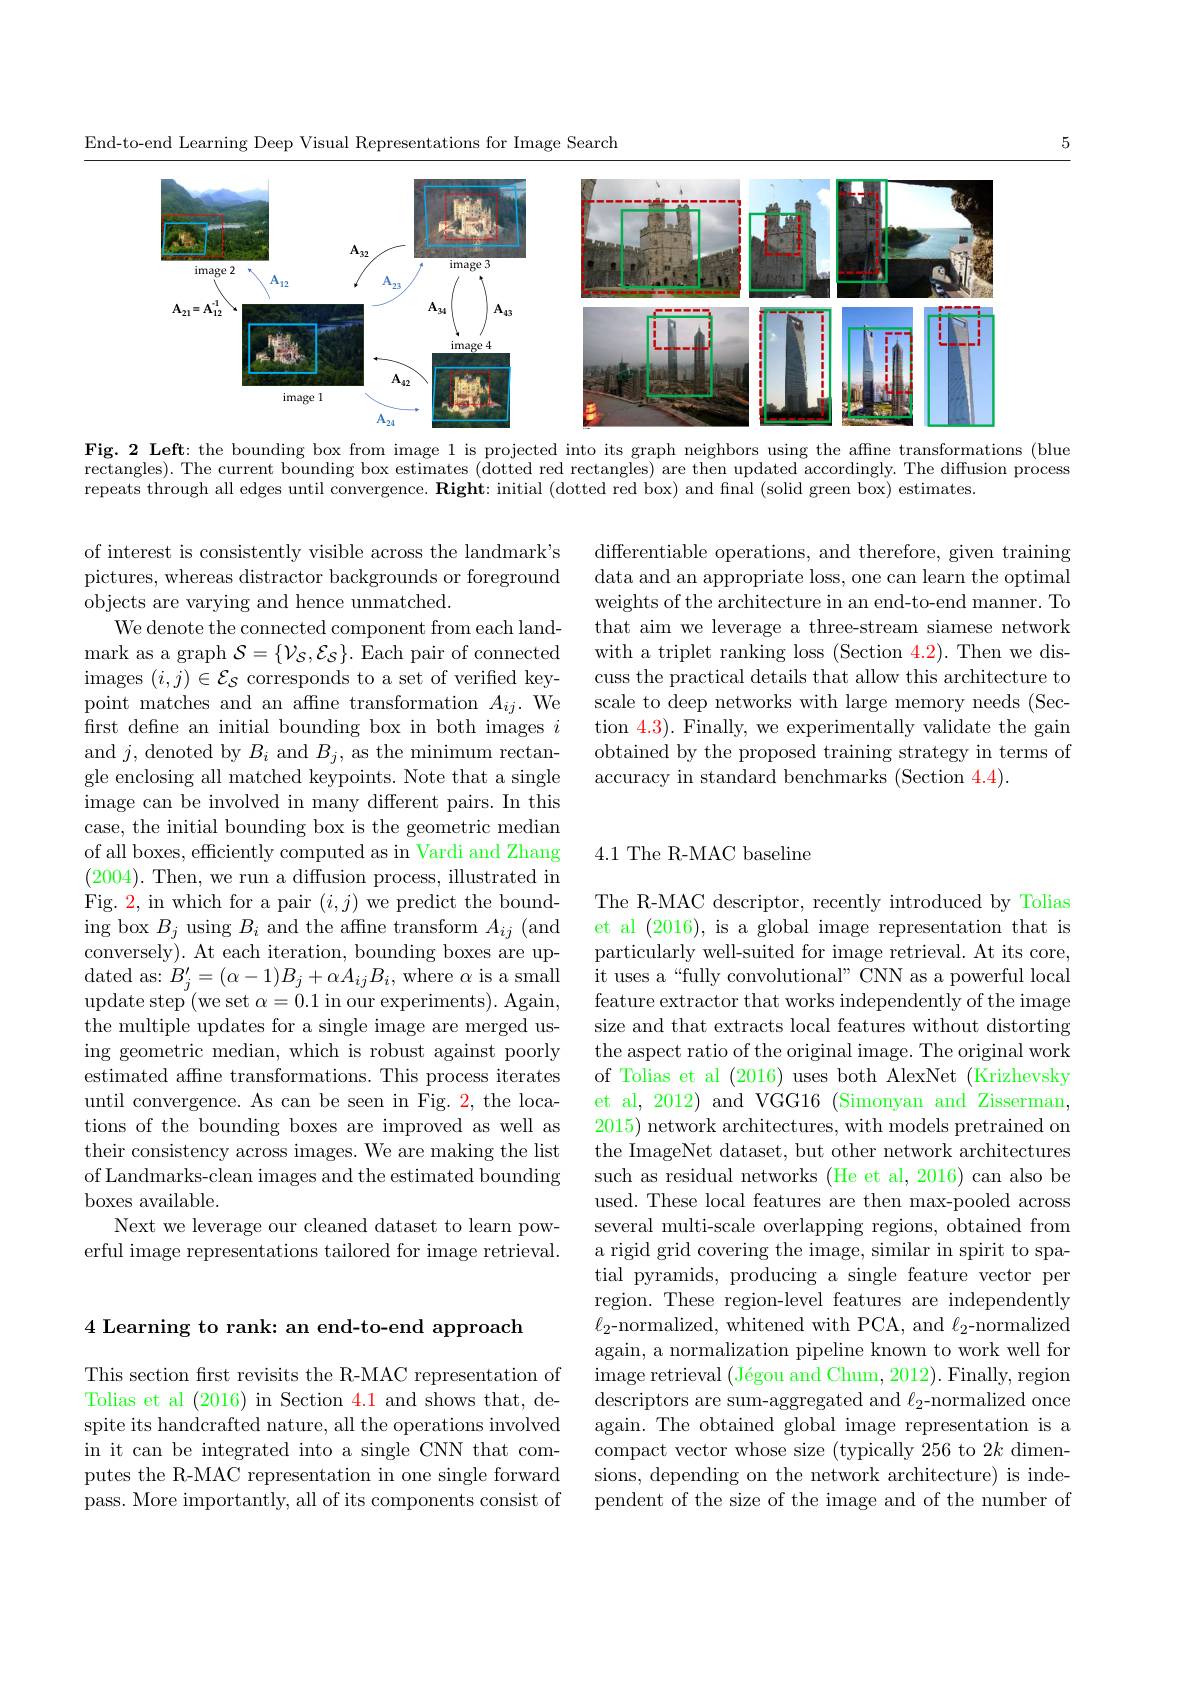
5

End-to-end Learning Deep Visual Representations for Image Search

<FigureHere>
Fig. 2 Left: the bounding box from image l is projected into its graph neighbors using the affine transformations (blue

rectangles). The current bounding box estimates (dotted red rectangles) are then updated accordingly. The diffusion process
repeats through all edges until convergence. Right: initial (dotted red box) and final (solid green box) estimates.

differentiable operations, and therefore, given training data and an appropriate loss, one can learn the optimal weights of the architecture in an end-to-end manner. To that aim we leverage a three-stream siamese network with a triplet ranking loss (Section 4.2). Then we discuss the practical details that allow this architecture to scale to deep networks with large memory needs (Section 4.3). Finally, we experimentally validate the gain obtained by the proposed training strategy in terms of accuracy in standard benchmarks (Section 4.4).

4.1 The R-MAC baseline

of interest is consistently visible across the landmark's pictures, whereas distractor backgrounds or foreground objects are varying and hence unmatched.
We denote the connected component from each land- ${\mathrm{mark~as~a~graph~}\mathcal{S}}=\{\mathcal{V}_{\mathcal{S}},\mathcal{E}_{\mathcal{S}}\}.{\mathrm{~Each~pair~of~connected}}$ images $(i,j)\in\mathcal{E}_\mathcal{S}$ corresponds to a set of verified keypoint matches and an affine transformation $A_{ij}.$ We first define an initial bounding box in both images $i$ and $j$,denoted by $B_i$ and $B_j$, as the minimum rectangle enclosing all matched keypoints. Note that a single image can be involved in many different pairs. In this case, the initial bounding box is the geometric median of all boxes, efficiently computed as in Vardi and Zhang (2004). Then, we run a diffusion process, illustrated in Fig. 2, in which for a pair $(i,j)$ we predict the bounding box $B_j$ using $B_i$ and the affine transform $A_ij$ (and conversely). At each iteration, bounding boxes are updated as: $B_j^\prime=(\alpha-1)B_j+\alpha A_{ij}B_i$, where $\alpha$ is a small update step (we set $\alpha=0.1$ in our experiments). Again, the multiple updates for a single image are merged using geometric median, which is robust against poorly estimated affne transformations. This process iterates until convergence. As can be seen in Fig. 2, the locations of the bounding boxes are improved as well as their consistency across images. We are making the list of Landmarks-clean images and the estimated bounding boxes available.
Next we leverage our cleaned dataset to learn powerful image representations tailored for image retrieval.

The R-MAC descriptor, recently introduced by Tolias et al (2016), is a global image representation that is particularly well-suited for image retrieval. At its core, it uses a“fully convolutional” CNN as a powerful local feature extractor that works independently of the image size and that extracts local features without distorting the aspect ratio of the original image. The original work of Tolias et al (2016) uses both AlexNet (Krizhevsky et al, 2012) and VGG16 (Simonyan and Zisserman, 2015) network architectures, with models pretrained on the ImageNet dataset, but other network architectures such as residual networks (He et al, 2016) can also be used. These local features are then max-pooled across several multi-scale overlapping regions, obtained from a rigid grid covering the image, similar in spirit to spatial pyramids, producing a single feature vector per region. These region-level features are independently $\ell_{2}$-normalized, whitened with PCA, and $\ell_{2}$-normalized again, a normalization pipeline known to work well for image retrieval ( $\text{J\' {e}gouandChum, 2012) . Finally, region}$ descriptors are sum-aggregated and $\ell_2$-normalized once again. The obtained global image representation is a compact vector whose size (typically 256 to 2k dimensions, depending on the network architecture) is independent of the size of the image and of the number of

4 Learning to rank: an end-to-end approach

This section frst revisits the R-MAC representation of Tolias et al (2016) in Section 4.1 and shows that, despite its handcrafted nature, all the operations involved in it can be integrated into a single CNN that computes the R-MAC representation in one single forward pass. More importantly, all of its components consist of